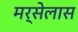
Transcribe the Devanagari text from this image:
मर्सेलास